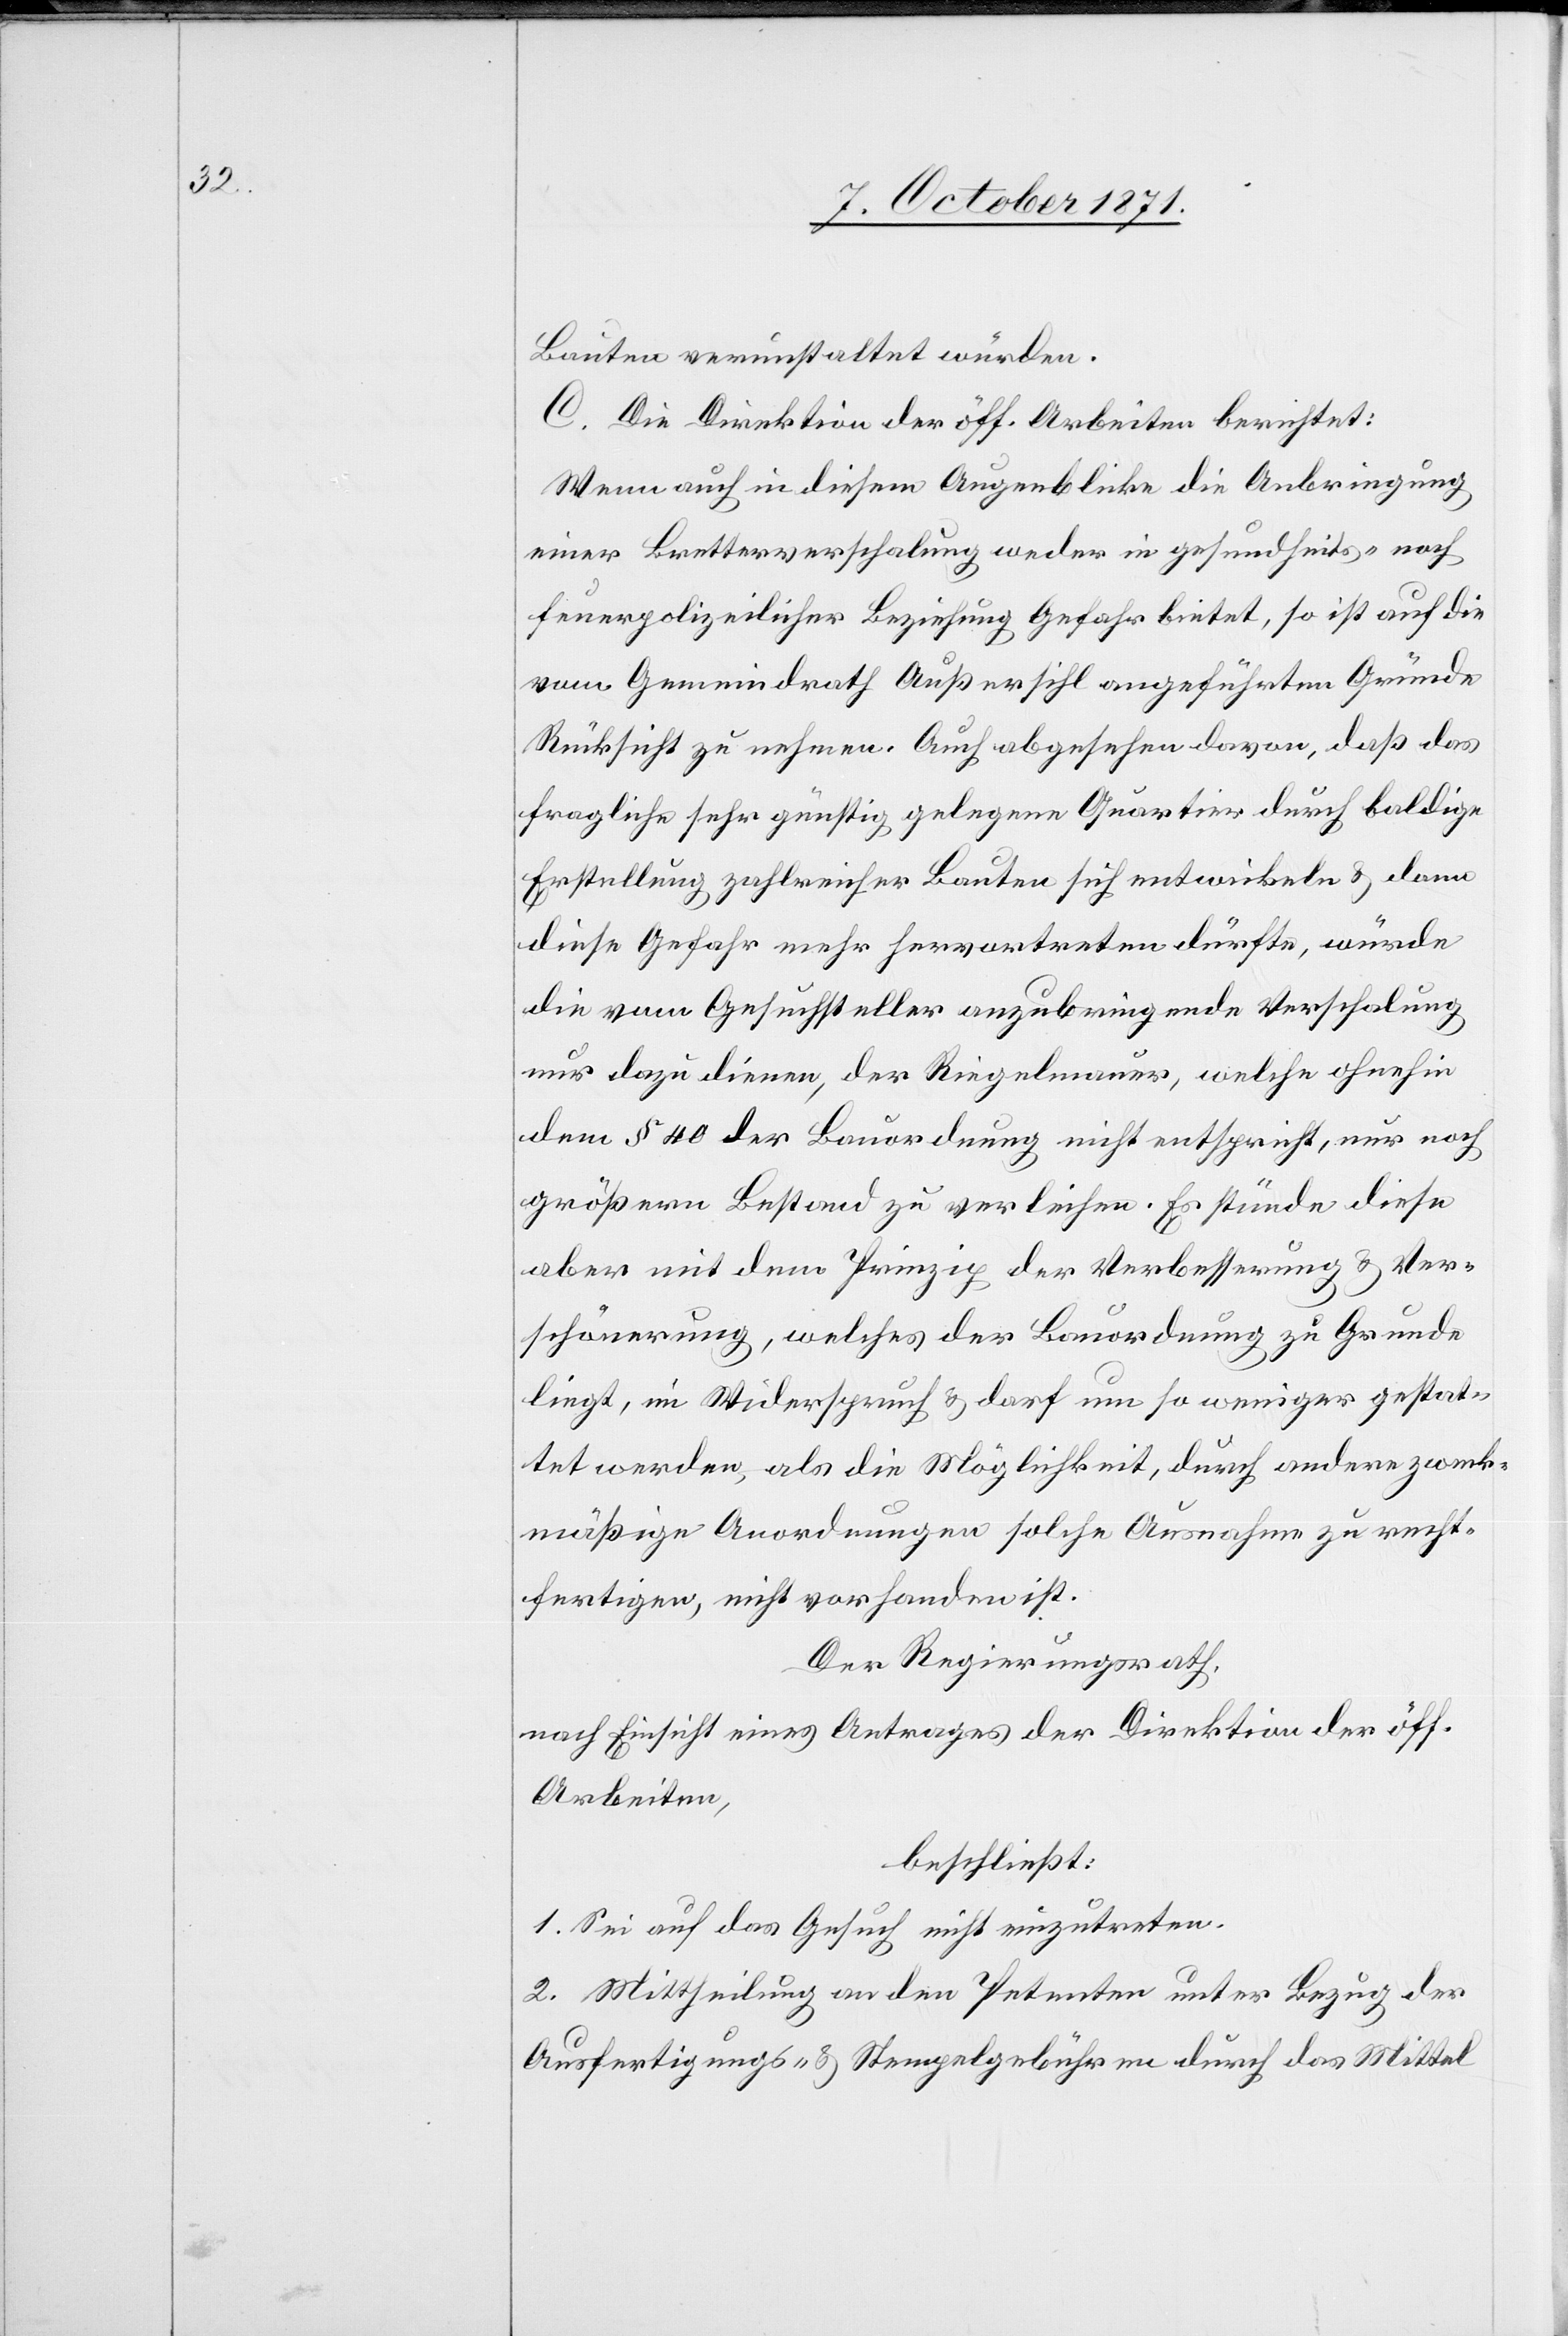
Bauten verunstaltet würden.
C. Die Direktion der öff. Arbeiten berichtet:
Wenn auch in diesem Augenblicke die Anbringung
einer Bretterverschalung weder in gesundheits- noch
feuerpolizeilicher Beziehung Gefahr bietet, so ist auf die
vom Gemeindrath Außersihl angeführten Gründe
Rücksicht zu nehmen. Auch abgesehen davon, daß das
fragliche sehr günstig gelegene Quartier durch baldige
Erstellung zahlreicher Bauten sich entwickele & dann
diese Gefahr mehr hervortreten dürfte, würde
die vom Gesuchsteller anzubringende Verschalung
nur dazu dienen, der Riegelmauer, welche ohnehin
dem § 40 der Bauordnung nicht entspricht, nur noch
größern Bestand zu verleihen. Es stünde diese
aber mit dem Prinzip der Verbesserung & Ver¬
schönerung, welches der Bauordnung zu Grunde
liegt, im Widerspruch & darf um so weniger gestat¬
tet werden, als die Möglichkeit, durch andere zweck¬
mäßige Anordnungen solche Ausnahme zu recht¬
fertigen, nicht vorhanden ist.
Der Regierungsrath,
nach Einsicht eines Antrages der Direktion der öff.
Arbeiten,
beschließt:
1. Sei auf das Gesuch nicht einzutreten.
2. Mittheilung an den Petenten unter Bezug der
Ausfertigungs- & Stempelgebühren durch das Mittel